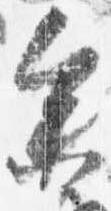
参